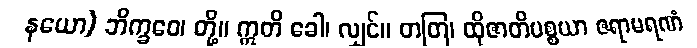
နယော) ဘိက္ခဝေ၊ တို့။ ဣတိ ခေါ၊ လျှင်။ တတြ၊ ထိုဇာတိပစ္စယာ ဇရာမရဏံ